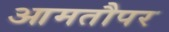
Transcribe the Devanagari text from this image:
आमतौपर